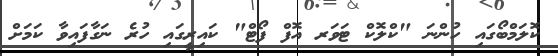
ކޮލަމްބޯގައި ހުންނަ "ކްލޮކް ޓަވަރ އޮފް ފޯޓް" ކައިރީގައި ހުރެ ނަގާފައިވާ ކަމަށް